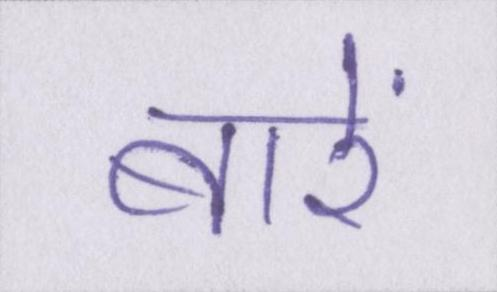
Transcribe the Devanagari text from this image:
बारें